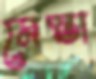
মেস্তা